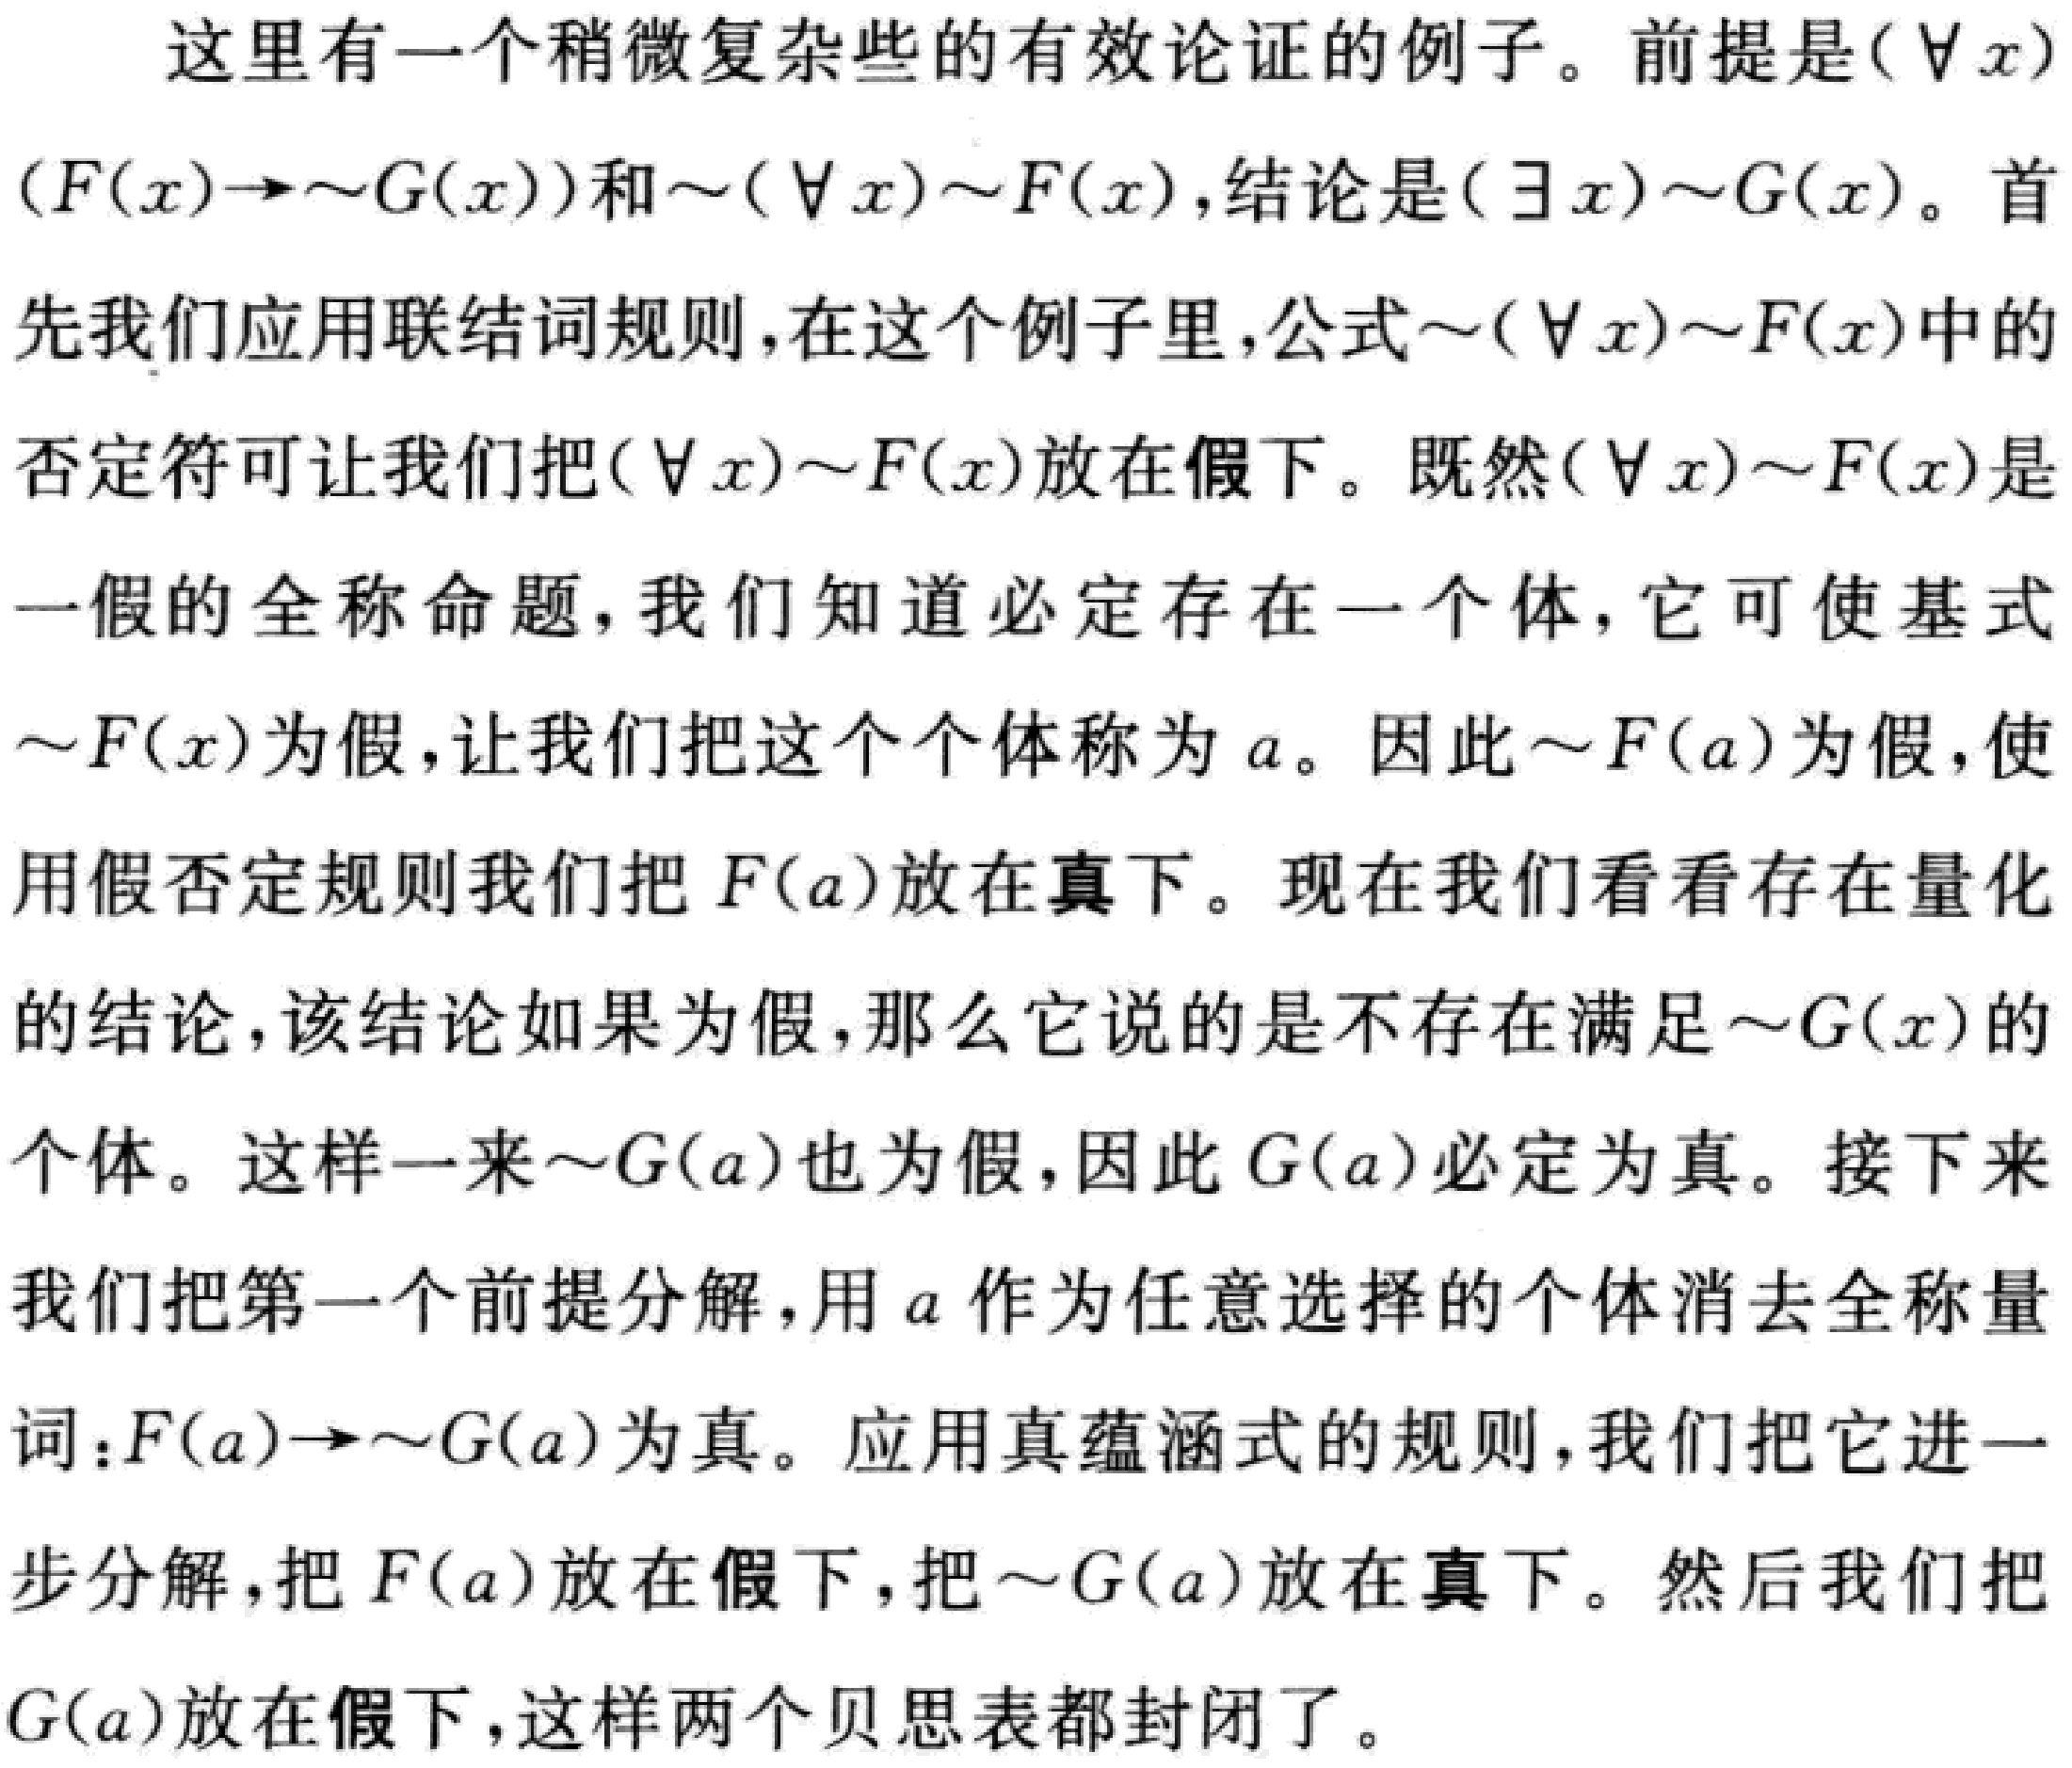
这里有一个稍微复杂些的有效论证的例子。前提是\((\forall x)(F(x)\to\sim G(x))\)和\(\sim(\forall x)\sim F(x)\)，结论是\((\exists x)\sim G(x)\)。首先我们应用联结词规则，在这个例子里，公式\(\sim(\forall x)\sim F(x)\)中的否定符可让我们把\((\forall x)\sim F(x)\)放在假下。既然\((\forall x)\sim F(x)\)是一假的全称命题，我们知道必定存在一个体，它可使基式\(\sim F(x)\)为假，让我们把这个个体称为\(a\)。因此\(\sim F(a)\)为假，使用假否定规则我们把\(F(a)\)放在真下。现在我们看看存在量化的结论，该结论如果为假，那么它说的是不存在满足\(\sim G(x)\)的个体。这样一来\(\sim G(a)\)也为假，因此\(G(a)\)必定为真。接下来我们把第一个前提分解，用\(a\)作为任意选择的个体消去全称量词：\(F(a)\to\sim G(a)\)为真。应用真蕴涵式的规则，我们把它进一步分解，把\(F(a)\)放在假下，把\(\sim G(a)\)放在真下。然后我们把\(G(a)\)放在假下，这样两个贝思表都封闭了。